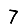
Digit: 7